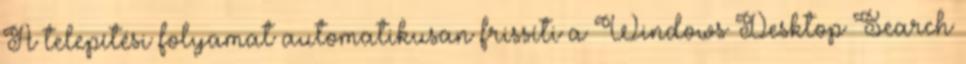
A telepítési folyamat automatikusan frissíti a Windows Desktop Search